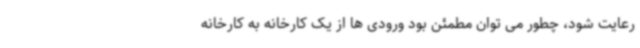
رعایت شود، چطور می توان مطمئن بود ورودی ها از یک کارخانه به کارخانه